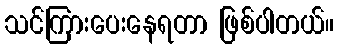
သင်ကြားပေးနေရတာ ဖြစ်ပါတယ်။